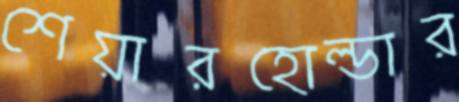
শেয়ারহোল্ডার